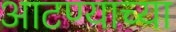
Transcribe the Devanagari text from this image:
आटण्याच्या